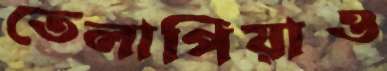
তেলাপিয়াও